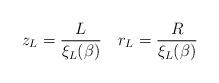
LaTeX: \begin{align*}z _L = \frac{L}{\xi _{L} (\beta)} ~~~ r _L = \frac{R}{\xi _{L} (\beta)}\end{align*}